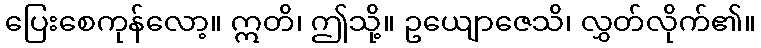
ပြေးစေကုန်လော့။ ဣတိ၊ ဤသို့။ ဥယျောဇေသိ၊ လွှတ်လိုက်၏။